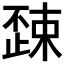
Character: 𣦚